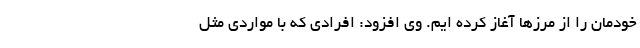
خودمان را از مرزها آغاز کرده ایم. وی افزود: افرادی که با مواردی مثل